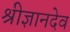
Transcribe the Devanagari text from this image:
श्रीज्ञानदेव